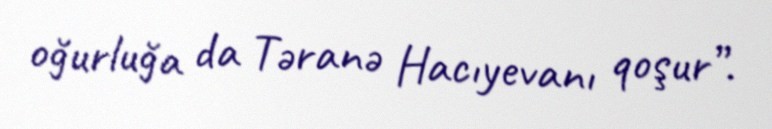
oğurluğa da Təranə Hacıyevanı qoşur”.